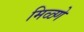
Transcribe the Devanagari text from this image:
मिळ्णे